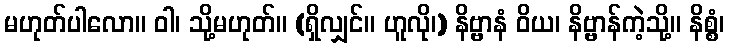
မဟုတ်ပါလော။ ဝါ၊ သို့မဟုတ်။ (ရှိလျှင်။ ဟူလို၊) နိဗ္ဗာနံ ဝိယ၊ နိဗ္ဗာန်ကဲ့သို့။ နိစ္စံ၊